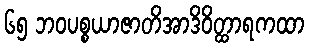
၆၅ ဘဝပစ္စယာဇာတိအာဒိဝိတ္ထာရကထာ